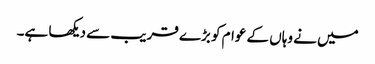
میں نے وہاں کے عوام کو بڑے قریب سے دیکھا ہے۔